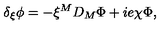
\delta _ { \xi } \phi = - \xi ^ { M } D _ { M } \Phi + i e \chi \Phi ,